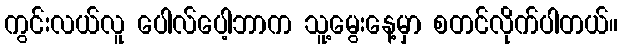
ကွင်းလယ်လူ ပေါလ်ပေါ့ဘာက သူ့မွေးနေ့မှာ စတင်လိုက်ပါတယ်။